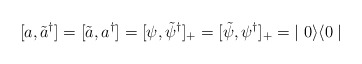
\begin{align*}[a,\tilde{a}^{\dagger}] = [\tilde{a},a^{\dagger}] = [\psi, \tilde{\psi}^{\dagger}]_{+} = [\tilde{\psi},\psi^{\dagger}]_{+} = \; \mid 0 \rangle \langle 0 \mid \end{align*}